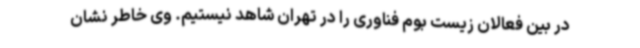
در بین فعالان زیست بوم فناوری را در تهران شاهد نیستیم. وی خاطر نشان